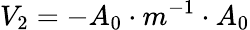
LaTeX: V_{2}=-A_{0}\cdot m^{-1}\cdot A_{0}